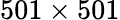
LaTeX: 501\times 501